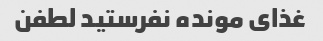
غذاى مونده نفرستید لطفن